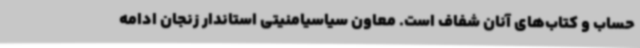
حساب و کتاب‌های آنان شفاف است. معاون سیاسیامنیتی استاندار زنجان ادامه